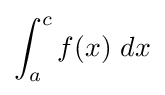
\int _{a}^{c}f(x)\ dx